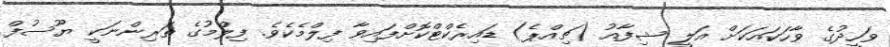
ވަހީދުގެ ވާހަކައަކަށް އަލީ ޝިފާއު (ޗިއްޕެ) ޑައިރެކްޓްކޮށްފައިވާ ފިލްމެކެވެ. ފިލްމުގެ ތަރިންނަކީ ޔޫސުފް